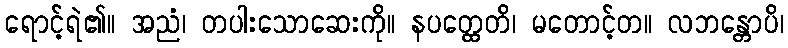
ရောင့်ရဲ၏။ အညံ၊ တပါးသောဆေးကို။ နပတ္ထေတိ၊ မတောင့်တ။ လဘန္တောပိ၊